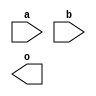
module top(input a, b, output o);
wire tmp;
assign o = tmp | 1'bx;
assign tmp = a & 1'b0;
endmodule